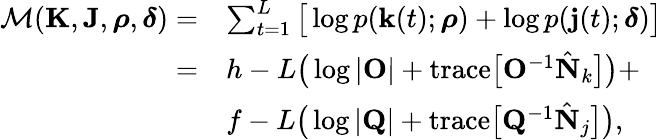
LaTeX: \begin{array}{rl}{\mathcal{M}(\mathbf{K},\mathbf{J},\boldsymbol{\rho},\boldsymbol{\delta})=}&{\sum_{t=1}^{L}\big[\log\mathnormal{p}(\mathbf{k}(t);\boldsymbol{\rho})+\log\mathnormal{p}(\mathbf{j}(t);\boldsymbol{\delta})\big]}\\ {=}&{h-L\big(\log\vert\mathbf{O}\vert+\mathrm{trace}\big[\mathbf{O}^{-1}\hat{\mathbf{N}}_{k}\big]\big)+}\\ &{f-L\big(\log\vert\mathbf{Q}\vert+\mathrm{trace}\big[\mathbf{Q}^{-1}\hat{\mathbf{N}}_{j}\big]\big),}\end{array}